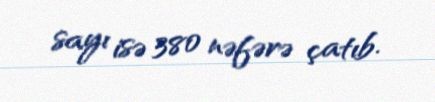
sayı isə 380 nəfərə çatıb.